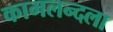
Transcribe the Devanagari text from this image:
कामलन्दला